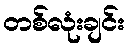
တစ်လုံးချင်း